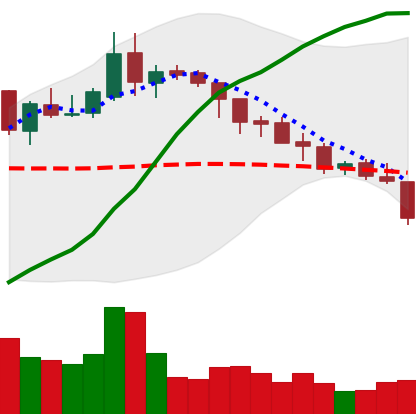
Ticker: XLM-USD
Chart end date: 2018-08-08
Forward return: 11.03%
Label: up_7plus